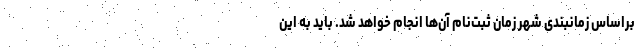
براساس زمانبندی شهر زمان ثبت­نام آن­ها انجام خواهد شد. باید به این